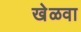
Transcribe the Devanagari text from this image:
खेळवा